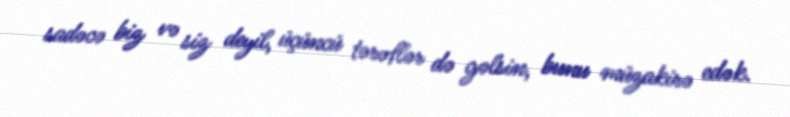
sadəcə biz və siz deyil, üçüncü tərəflər də gəlsin, bunu müzakirə edək.